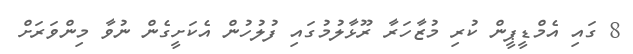
8 ގައި އެމްޑީޕީން ކުރި މުޒާހަރާ ރޫޅާލުމުގައި ފުލުހުން އެކަށީގެން ނުވާ މިންވަރަށް